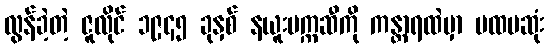
လွန်ခဲ့တဲ့ ဇူလိုင် ၁၉၄၅ ခုနှစ် နယူးမက္ကဆီကို ကန္တာရထဲမှာ ပထမဆုံး